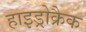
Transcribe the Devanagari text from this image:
हाइड्रोक्रैक